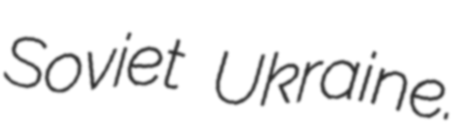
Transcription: Soviet Ukraine.